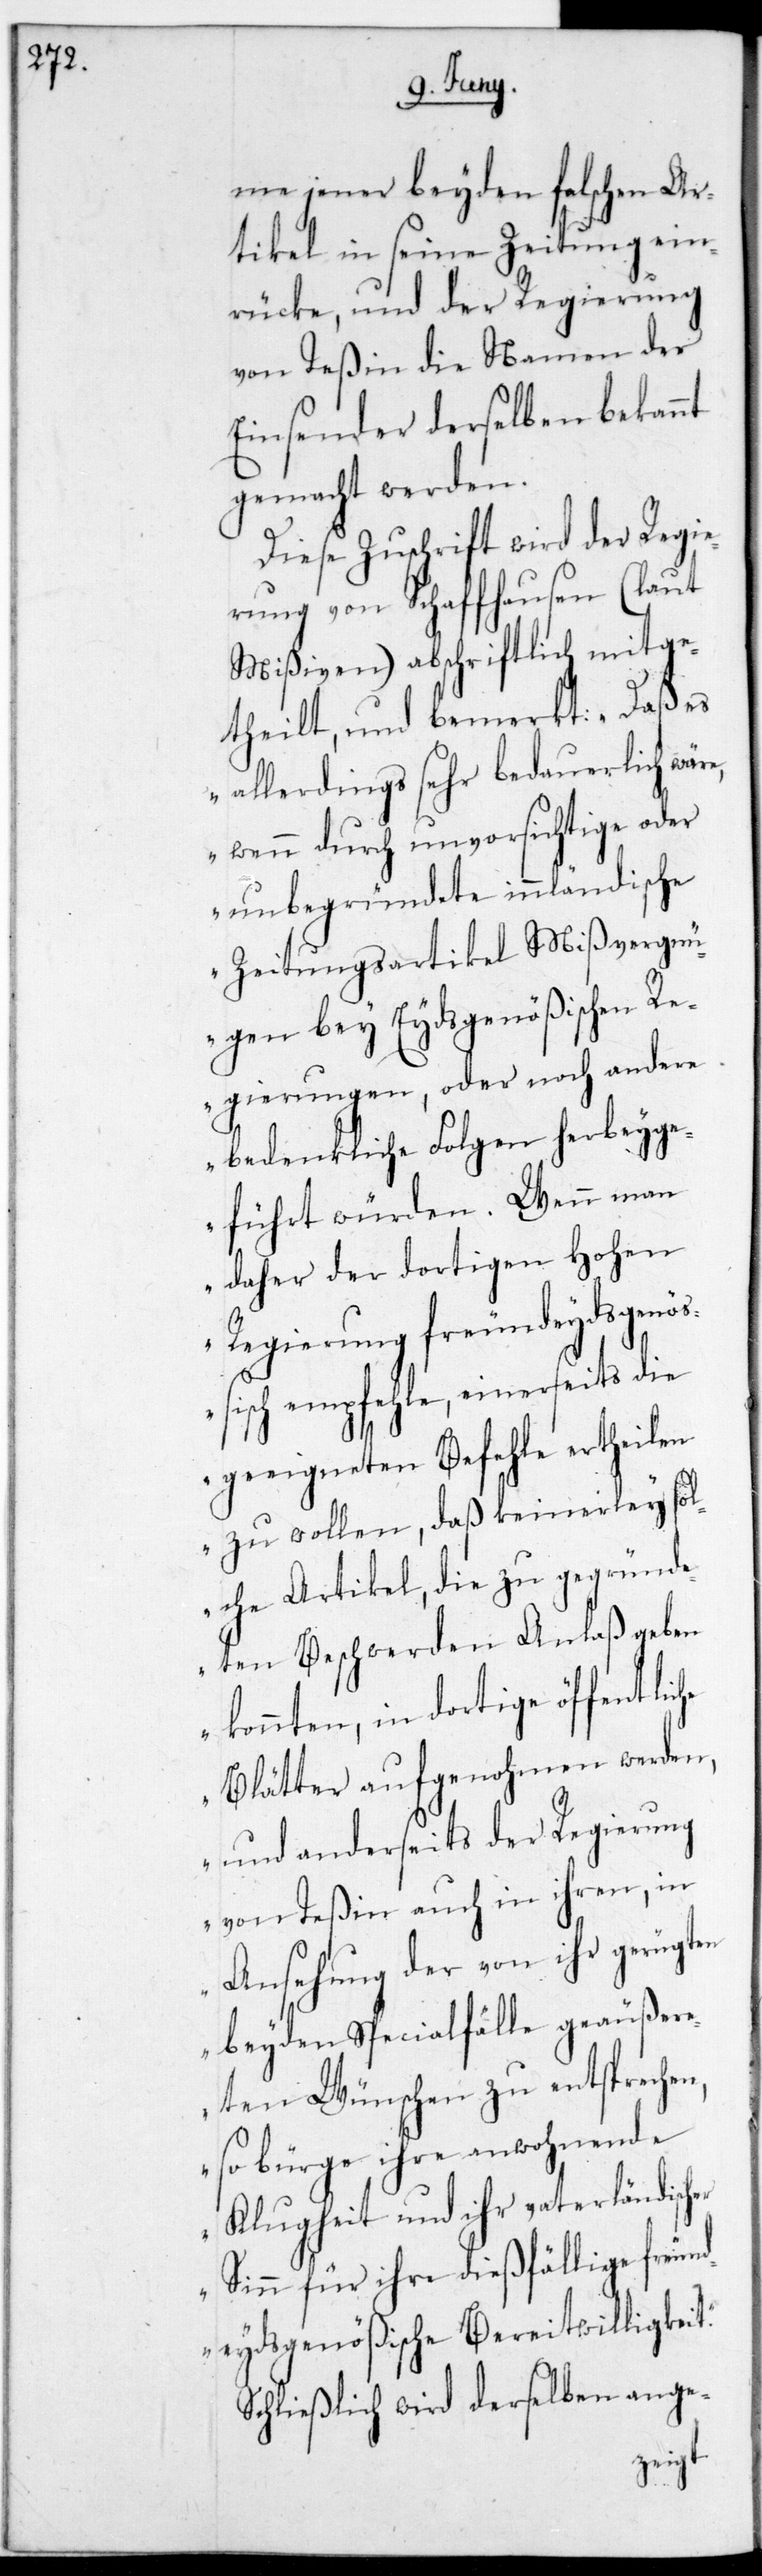
me jener beyden falschen Ar¬
tikel in seine Zeitung ein¬
rücke, und der Regierung
von Teßin die Namen der
Einsender derselben bekannt
gemacht werden.
Diese Zuschrift wird der Regie¬
rung von Schaffhausen (laut
Mißiven) abschriftlich mitge¬
theilt, und bemerkt: „Daß es
allerdings sehr bedauerlich wär¬
e, wenn durch unvorsichtige oder
unbegründete innländische
Zeitungsartikel Mißvergn¬
ügen bey Eydsgenößischen Re¬
gierungen, oder noch andere
bedenkliche Folgen herbeyg¬
eführt würden. Wenn man
daher der dortigen Hohen
Regierung freundeydsgen¬
ößisch empfehle, einerseits die
geeigneten Befehle ertheilen
zu wollen, daß keinerlei sol¬
che Artikel, die zu gegründe¬
ten Beschwerden Anlaß geben
konnten, in dortige öffentli¬
Blätter aufgenohmen werden,
und anderseits der Regierung
von Teßin auch in ihren, in
Ansehung der von ihr gerügten
beyden Specialfälle geäußere¬
ten Wünschen zu entsprechen,
so bürge ihre anwohnende
Klugheit und ihr vaterländischer
Sinn für ihre dießfällige freun¬
che
deydsgenößische Bereitwilligkeit.“
Schließlich wird derselben ange-